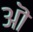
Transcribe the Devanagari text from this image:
अॊ